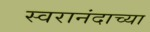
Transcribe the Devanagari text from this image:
स्वरानंदाच्या